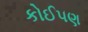
કોઈ૫ણ